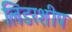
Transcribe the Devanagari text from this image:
लिडरशीप